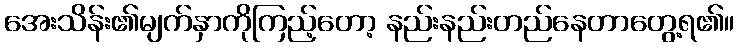
အေးသိန်း၏မျက်နှာကိုကြည့်တော့ နည်းနည်းတည်နေတာတွေ့ရ၏။